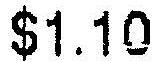
$1.10